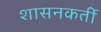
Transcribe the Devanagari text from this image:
शासनकर्ती